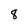
Character: 8